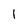
Character: 1